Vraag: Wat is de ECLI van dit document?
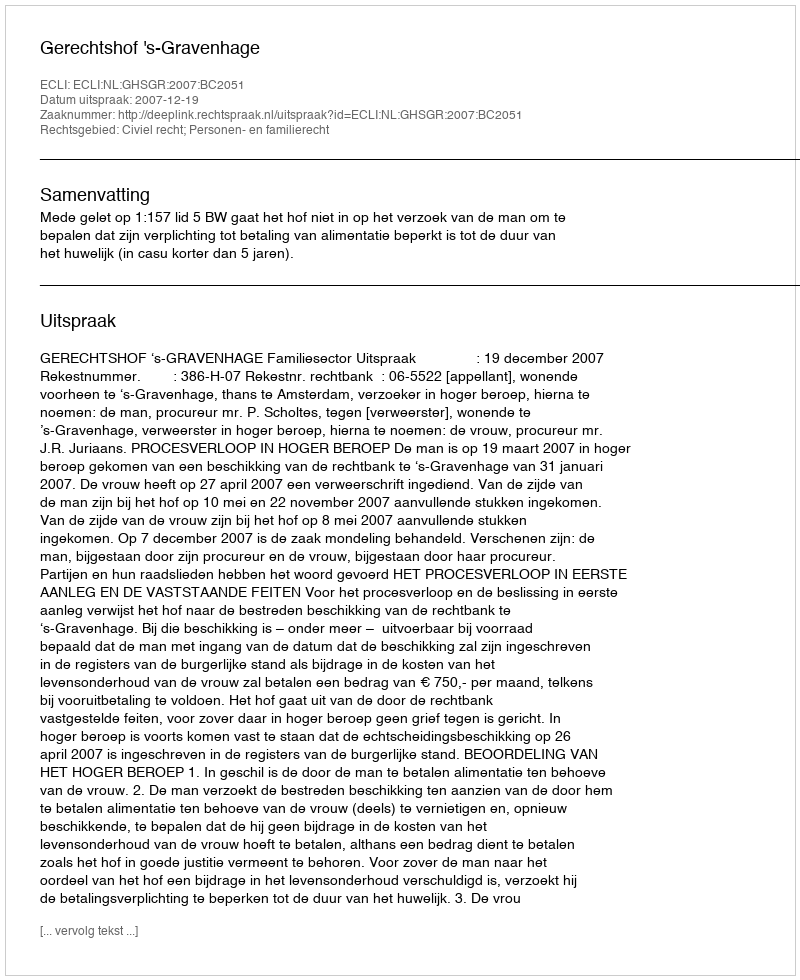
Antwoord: ECLI:NL:GHSGR:2007:BC2051